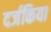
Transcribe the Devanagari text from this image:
दर्जकिया